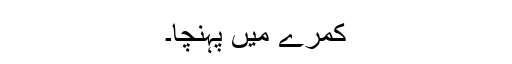
کمرے میں پہنچا۔